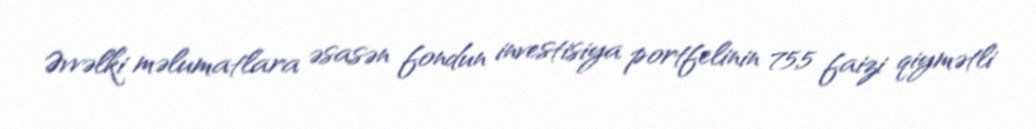
Əvvəlki məlumatlara əsasən fondun investisiya portfelinin 75,5 faizi qiymətli